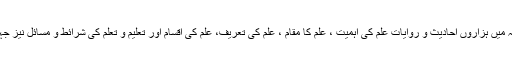
قرآن مجید میں بہت ساری آیات اور اہلبیت ؑ کے قیمتی جملوں کے مجموعہ میں ہزاروں احادیث و روایات علم کی اہمیت ، علم کا مقام ، علم کی تعریف، علم کی اقسام اور تعلیم و تعلم کی شرائط و مسائل نیز جہل و جہالت کی مذمت اور اس کے آثار بیان کرنے کے لیے نقل ہوئی ہیں۔